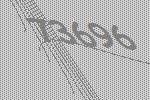
73696